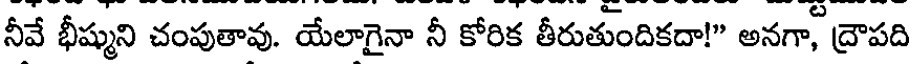
నీవే భీష్ముని చంపుతావు. యేలాగైనా నీ కోరిక తీరుతుందికదా!" అనగా, ద్రౌపది